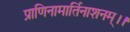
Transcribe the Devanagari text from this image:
प्राणिनामार्तिनाशनम्।।